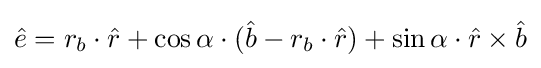
{\hat {e}}=r_{b}\cdot {\hat {r}}+\cos \alpha \cdot ({\hat {b}}-r_{b}\cdot {\hat {r}})+\sin \alpha \cdot {\hat {r}}\times {\hat {b}}